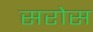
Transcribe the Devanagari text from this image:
सरोस